Source: Handwritten
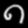
Digit: ၈ (8)